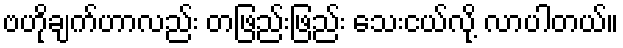
ဗဟိုချက်ဟာလည်း တဖြည်းဖြည်း သေးငယ်လို့ လာပါတယ်။